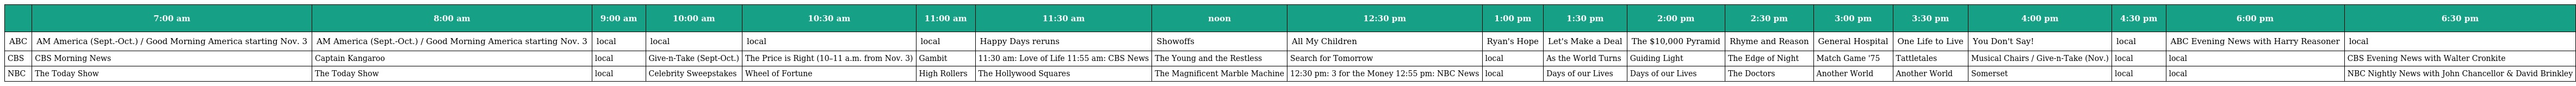
|  | 7:00 am | 8:00 am | 9:00 am | 10:00 am | 10:30 am | 11:00 am | 11:30 am | noon | 12:30 pm | 1:00 pm | 1:30 pm | 2:00 pm | 2:30 pm | 3:00 pm | 3:30 pm | 4:00 pm | 4:30 pm | 6:00 pm | 6:30 pm |
 | --- | --- | --- | --- | --- | --- | --- | --- | --- | --- | --- | --- | --- | --- | --- | --- | --- | --- | --- | --- |
 | ABC | AM America (Sept.-Oct.) / Good Morning America starting Nov. 3 | AM America (Sept.-Oct.) / Good Morning America starting Nov. 3 | local | local | local | local | Happy Days reruns | Showoffs | All My Children | Ryan's Hope | Let's Make a Deal | The $10,000 Pyramid | Rhyme and Reason | General Hospital | One Life to Live | You Don't Say! | local | ABC Evening News with Harry Reasoner | local |
 | CBS | CBS Morning News | Captain Kangaroo | local | Give-n-Take (Sept-Oct.) | The Price is Right (10–11 a.m. from Nov. 3) | Gambit | 11:30 am: Love of Life 11:55 am: CBS News | The Young and the Restless | Search for Tomorrow | local | As the World Turns | Guiding Light | The Edge of Night | Match Game '75 | Tattletales | Musical Chairs / Give-n-Take (Nov.) | local | local | CBS Evening News with Walter Cronkite |
 | NBC | The Today Show | The Today Show | local | Celebrity Sweepstakes | Wheel of Fortune | High Rollers | The Hollywood Squares | The Magnificent Marble Machine | 12:30 pm: 3 for the Money 12:55 pm: NBC News | local | Days of our Lives | Days of our Lives | The Doctors | Another World | Another World | Somerset | local | local | NBC Nightly News with John Chancellor & David Brinkley |